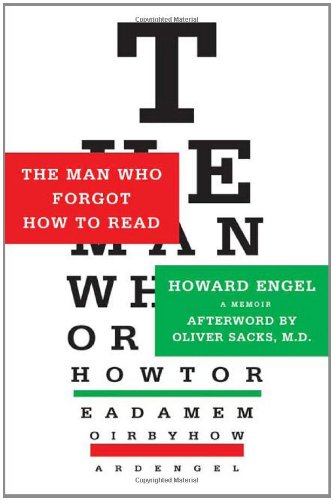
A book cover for The Man Who Forgot How to Read: A Memoir; Howard Engel; Health, Fitness & Dieting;